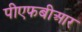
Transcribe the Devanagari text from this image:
पीएफबीआर